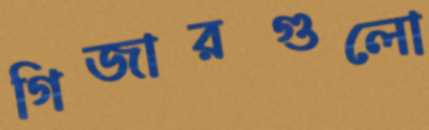
গিজারগুলো